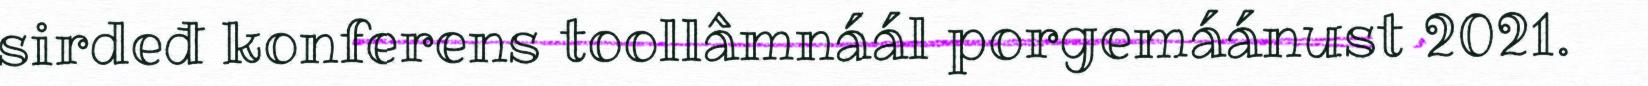
sirdeđ konferens toollâmnáál porgemáánust 2021.